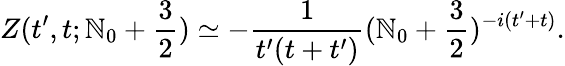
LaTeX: Z(t^{\prime},t;\mathbb{N}_{0}+{\frac{{3}}{{2}}})\simeq-{\frac{{1}}{{t^{\prime}(t+t^{\prime})}}}(\mathbb{N}_{0}+{\frac{{3}}{{2}}})^{-i(t^{\prime}+t)}.